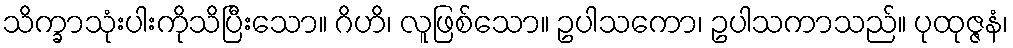
သိက္ခာသုံးပါးကိုသိပြီးသော။ ဂိဟိ၊ လူဖြစ်သော။ ဥပါသကော၊ ဥပါသကာသည်။ ပုထုဇ္ဇနံ၊